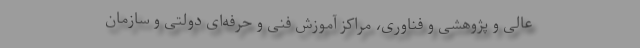
عالی و پژوهشی و فناوری، مراکز آموزش فنی و حرفه‌ای دولتی و سازمان